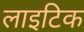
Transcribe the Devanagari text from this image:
लाइटिक